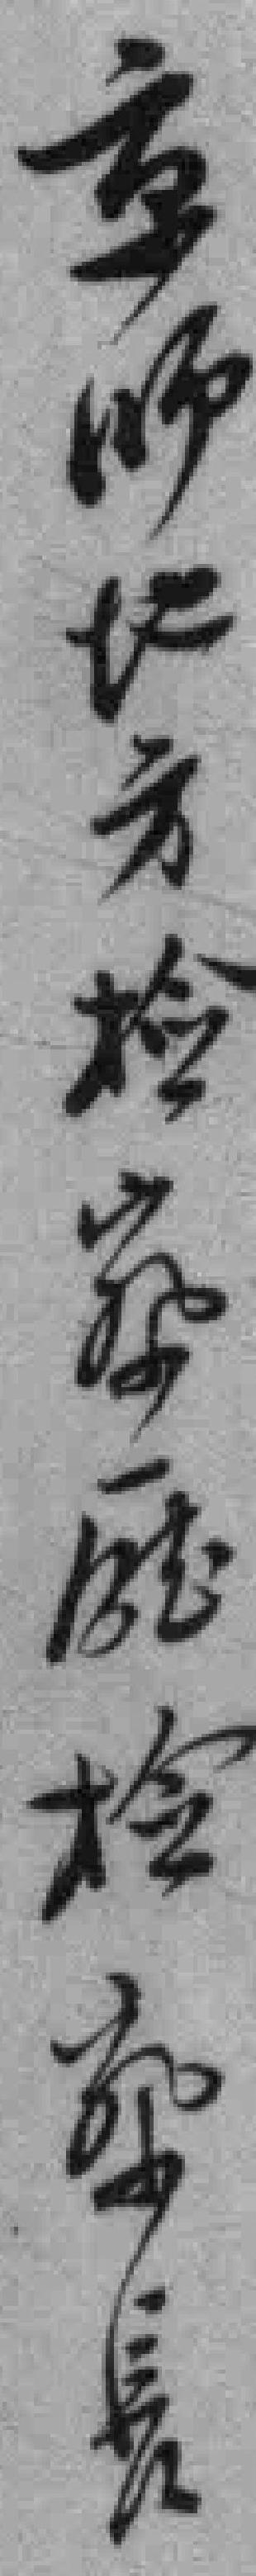
京师地方检查廰检查長